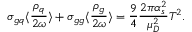
\sigma _ { g q } \langle \frac { \rho _ { q } } { 2 \omega } \rangle + \sigma _ { g g } \langle \frac { \rho _ { g } } { 2 \omega } \rangle = \frac { 9 } { 4 } \frac { 2 \pi \alpha _ { s } ^ { 2 } } { \mu _ { D } ^ { 2 } } T ^ { 2 } .